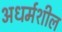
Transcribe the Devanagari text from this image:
अधर्मशील